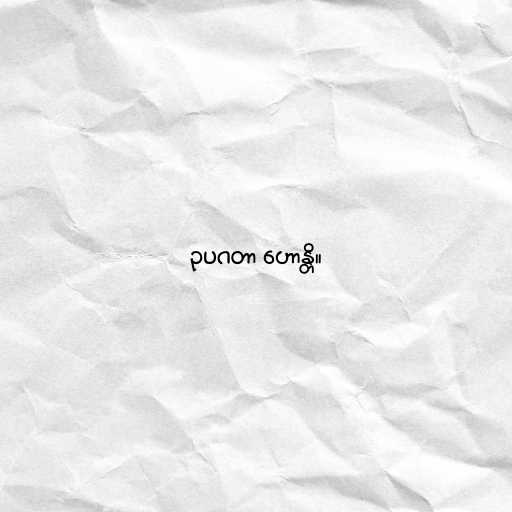
ဥပဂတာ ဟောန္တိ။